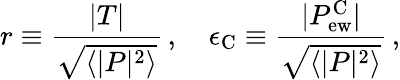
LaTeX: r\equiv\frac{|T|}{\sqrt{\langle|P|^{2}\rangle}}\, ,\quad\epsilon_{\mathrm{C}}\equiv\frac{|P_{\mathrm{ew}}^{\mathrm{C}}|}{\sqrt{\langle|P|^{2}\rangle}}\, ,